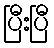
ပြီးပြီ